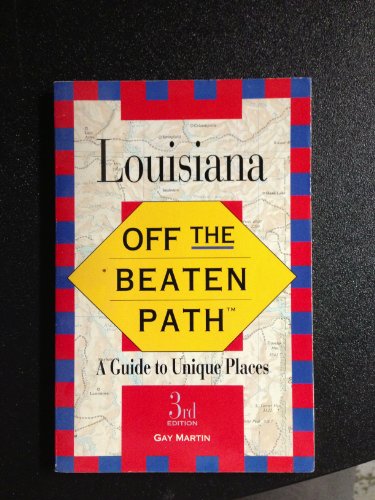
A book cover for Off the Beaten Path 96 Louisiana (Off the Beaten Path Louisiana); Gay N. Martin; Travel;